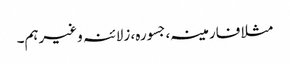
مثلا فارمینہ، جسورہ، زلائنہ وغیرہم۔